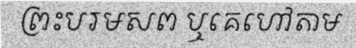
ព្រះបរមសព ឬគេហៅតាម